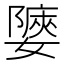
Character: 𡣀